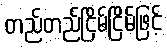
တည်တည်ငြိမ်ငြိမ်ဖြင့်